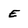
Character: E